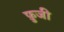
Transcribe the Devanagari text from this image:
फ़ुजी